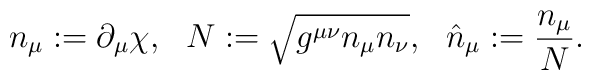
n_{\mu}:=\partial_{\mu }\chi, \ \  N:=\sqrt{g^{\mu \nu}n_{\mu } n_{\nu} }, \ \  \hat{n}_{\mu}:=\frac{n_{\mu } }{N}.